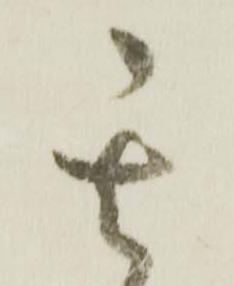
其